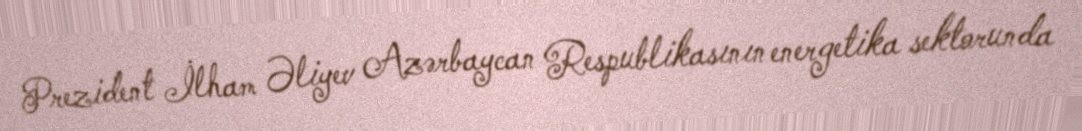
Prezident İlham Əliyev Azərbaycan Respublikasının energetika sektorunda